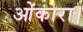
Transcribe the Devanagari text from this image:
ओंकारा।